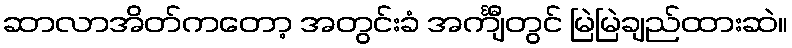
ဆာလာအိတ်ကတော့ အတွင်းခံ အင်္ကျီတွင် မြဲမြဲချည်ထားဆဲ။